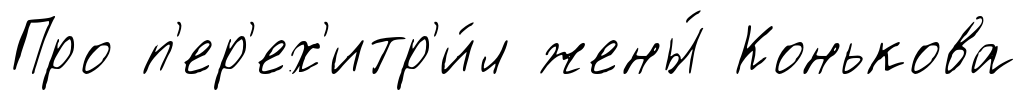
Про п'ер'ех'итр'и́л жены́ Конькова